Manual of the Civil Veterinary Department, Central Provinces and Berar
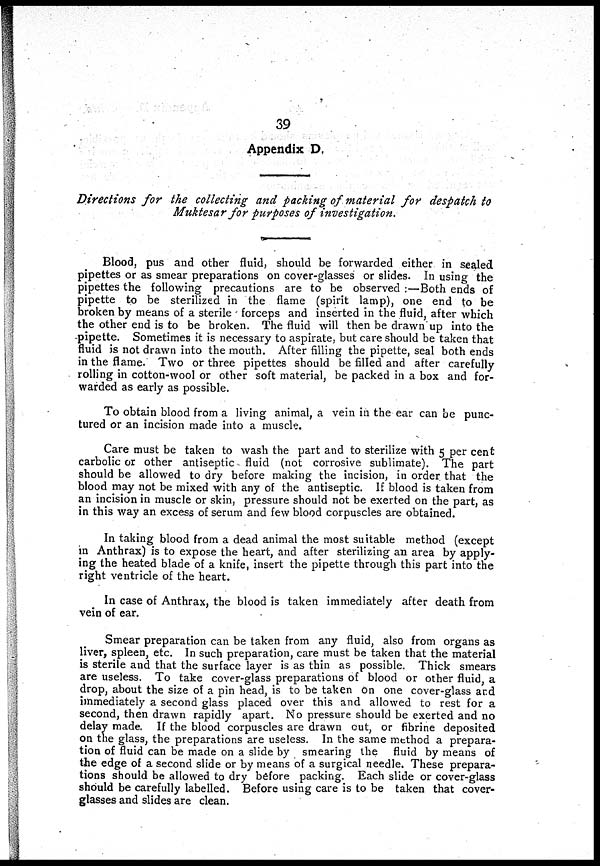
39
Appendix D.
Directions for the collecting and packing of material for despatch to
Muktesar for purposes of investigation,
Blood, pus and other fluid, should be forwarded either in sealed
pipettes or as smear preparations on cover-glasses or slides. In using the
pipettes the following precautions are to be observed :—Both ends of
pipette to be sterilized in the flame (spirit lamp), one end to be
broken by means of a sterile forceps and inserted in the fluid, after which
the other end is to be broken. The fluid will then be drawn up into the
-pipette. Sometimes it is necessary to aspirate, but care should be taken that
fluid is not drawn into the mouth. After filling the pipette, seal both ends
in the flame. Two or three pipettes should be filled and after carefully
rolling in cotton-wool or other soft material, be packed in a box and for-
warded as early as possible.
To obtain blood from a living animal, a vein in the ear can be punc-
tured or an incision made into a muscle.
Care must be taken to wash the part and to sterilize with 5per cent
carbolic or other antiseptic fluid (not corrosive sublimate). The part
should be allowed to dry before making the incision, in order that the
blood may not be mixed with any of the antiseptic. If blood is taken from
an incision in muscle or skin, pressure should not be exerted on the part, as
in this way an excess of serum and few blood corpuscles are obtained.
In taking blood from a dead animal the most suitable method (except
in Anthrax) is to expose the heart, and after sterilizing an area by apply-
ing the heated blade of a knife, insert the pipette through this part into the
right ventricle of the heart.
In case of Anthrax, the blood is taken immediately after death from
vein of ear.
Smear preparation can be taken from any fluid, also from organs as
liver, spleen, etc. In such preparation, care must be taken that the material
is sterile and that the surface layer is as thin as possible. Thick smears
are useless. To take cover-glass preparations of blood or other fluid, a
drop, about the size of a pin head, is to be taken on one cover-glass and
immediately a second glass placed over this and allowed to rest for a
second, then drawn rapidly apart. No pressure should be exerted and no
delay made. If the blood corpuscles are drawn out, or fibrine deposited
on the glass, the preparations are useless. In the same method a prepara-
tion of fluid can be made on a slide by smearing the fluid by means of
the edge of a second slide or by means of a surgical needle. These prepara-
tions should be allowed to dry before packing. Each slide or cover-glass
should be carefully labelled. Before using care is to be taken that cover-
glasses and slides are clean.